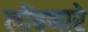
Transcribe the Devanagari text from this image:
लोंबणारे